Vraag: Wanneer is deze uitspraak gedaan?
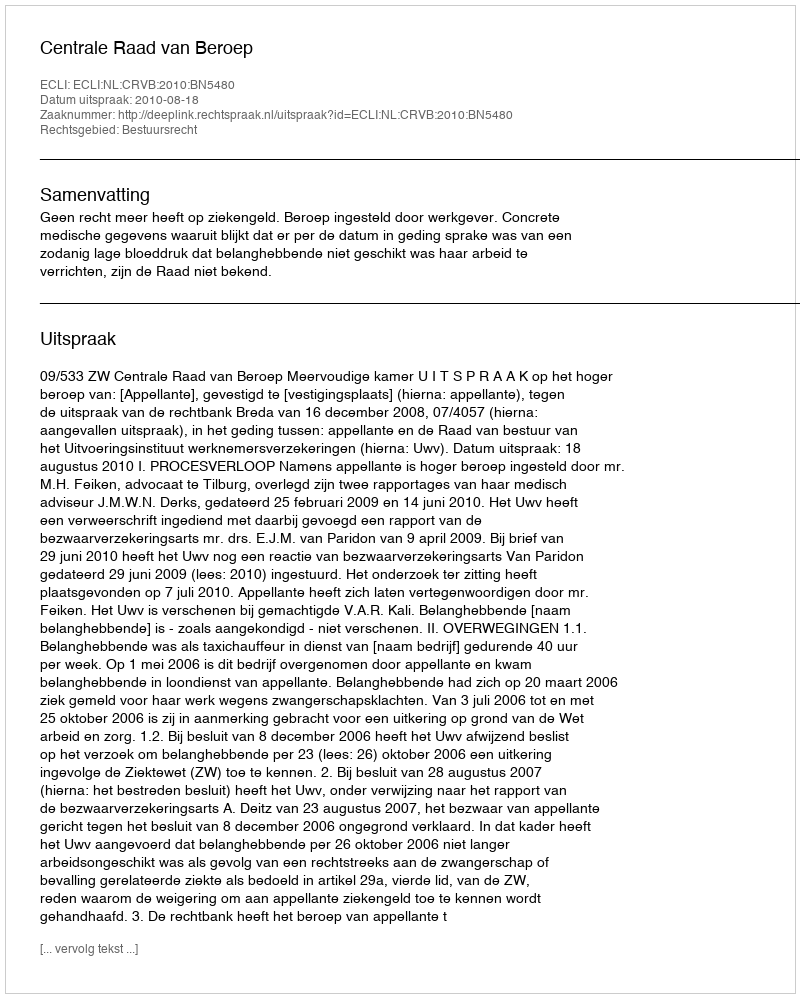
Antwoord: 2010-08-18